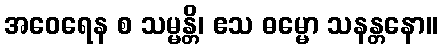
အဝေရေန စ သမ္မန္တိ၊ ဧသ ဓမ္မော သနန္တနော။